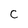
Character: c